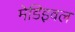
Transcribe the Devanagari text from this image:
मेडिइवल